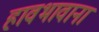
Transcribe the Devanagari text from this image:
हावभावाना